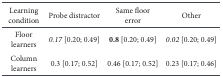
<table><thead><tr><td><b>Learning condition</b></td><td><b>Probe distractor</b></td><td><b>Same floor error</b></td><td><b>Other</b></td></tr></thead><tbody><tr><td>Floor learners</td><td><i>0.17</i> [0.20; 0.49] </td><td><b>0.8</b> [0.20; 0.49]</td><td><i>0.02</i> [0.20; 0.49]</td></tr><tr><td>Column learners</td><td>0.3 [0.17; 0.52] </td><td>0.46 [0.17; 0.52]</td><td>0.23 [0.17; 0.46]</td></tr></tbody></table>